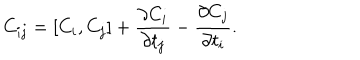
C _ { i j } = [ C _ { i } , C _ { j } ] + \frac { \partial C _ { i } } { \partial t _ { j } } - \frac { \partial C _ { j } } { \partial t _ { i } } .